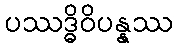
ပဿဒ္ဓိဝိပန္နဿ